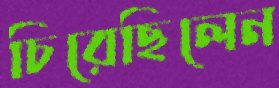
চিরেছিলেন